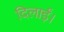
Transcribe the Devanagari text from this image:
दिलाईं।